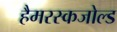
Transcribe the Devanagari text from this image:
हैमरस्कजोल्ड